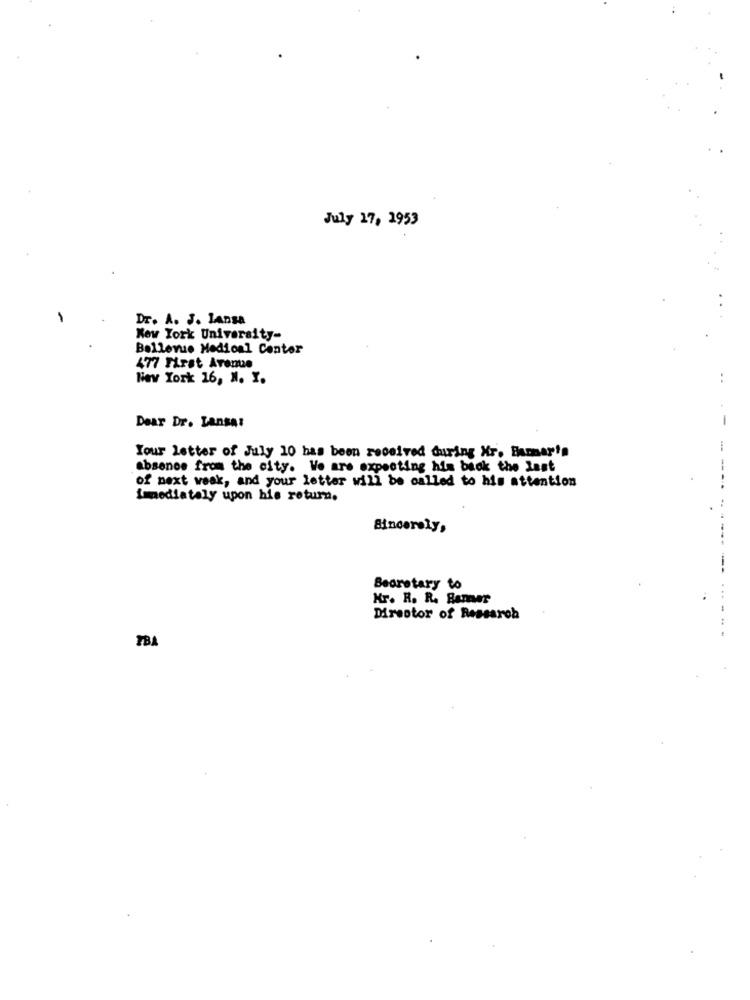
July 17, 1953
-
DT. A. J. LADSA
New York University-
Bellevue Medical Center
477 First Avenue
New York 16, N. Y.
..
-
Dear Dr. Lansa:
Your letter of July 10 has been received during Xr. Hammar's
absence from the city. We are expecting his biok the last
of next weak, and your letter will be called to his attention
-----
immediately upon his return.
Sincerely,
-----
Secretary to
Kr. R. R. Ramer
...-
Director of Research
PBA